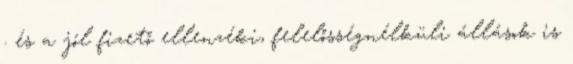
. és a jól fizető ellenzéki, felelősségnélküli állások is